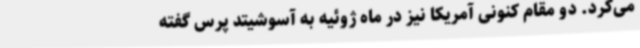
می‌کرد. دو مقام کنونی آمریکا نیز در ماه ژوئیه به آسوشیتد پرس گفته